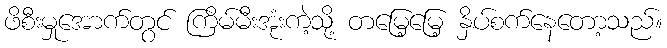
ဖိစီးမှုအောက်တွင် ကြိမ်မီးအုံးကဲ့သို့ တမြေ့မြေ့ နှိပ်စက်နေတော့သည်။